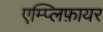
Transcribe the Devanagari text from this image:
एम्प्लिफ़ायर